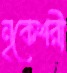
নৃকেশরী